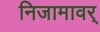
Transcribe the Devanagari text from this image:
निजामावर्